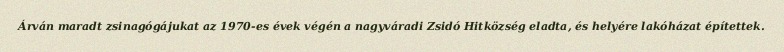
Árván maradt zsinagógájukat az 1970-es évek végén a nagyváradi Zsidó Hitközség eladta, és helyére lakóházat építettek.